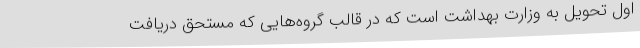
اول تحویل به وزارت بهداشت است که در قالب گروه‌هایی که مستحق دریافت